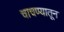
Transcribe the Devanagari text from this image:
चाचण्यातून